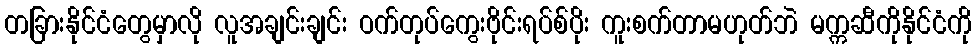
တခြားနိုင်ငံတွေမှာလို လူအချင်းချင်း ဝက်တုပ်ကွေးဗိုင်းရပ်စ်ပိုး ကူးစက်တာမဟုတ်ဘဲ မက္ကဆီကိုနိုင်ငံကို